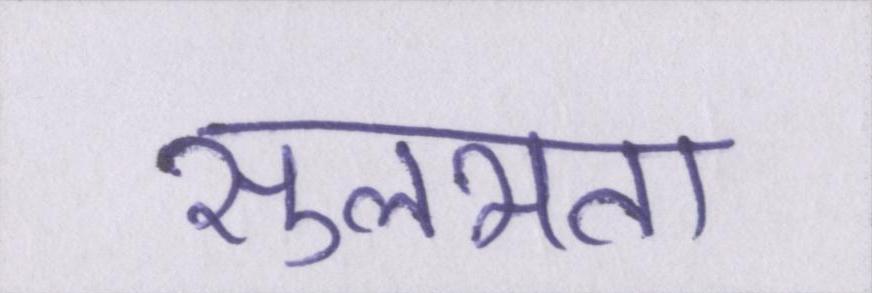
सुलभता